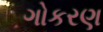
ગોકરણ